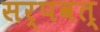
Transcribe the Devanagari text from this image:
सर्पवत्